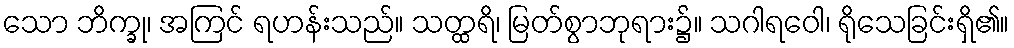
သော ဘိက္ခု၊ အကြင် ရဟန်းသည်။ သတ္ထရိ၊ မြတ်စွာဘုရား၌။ သဂါရဝေါ၊ ရိုသေခြင်းရှိ၏။